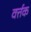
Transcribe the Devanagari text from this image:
वर्त्तक